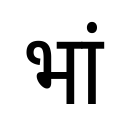
OCR:
भां